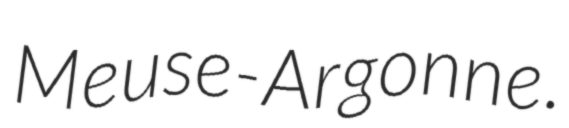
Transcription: Meuse-Argonne.